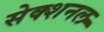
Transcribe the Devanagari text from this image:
सेक्शनल